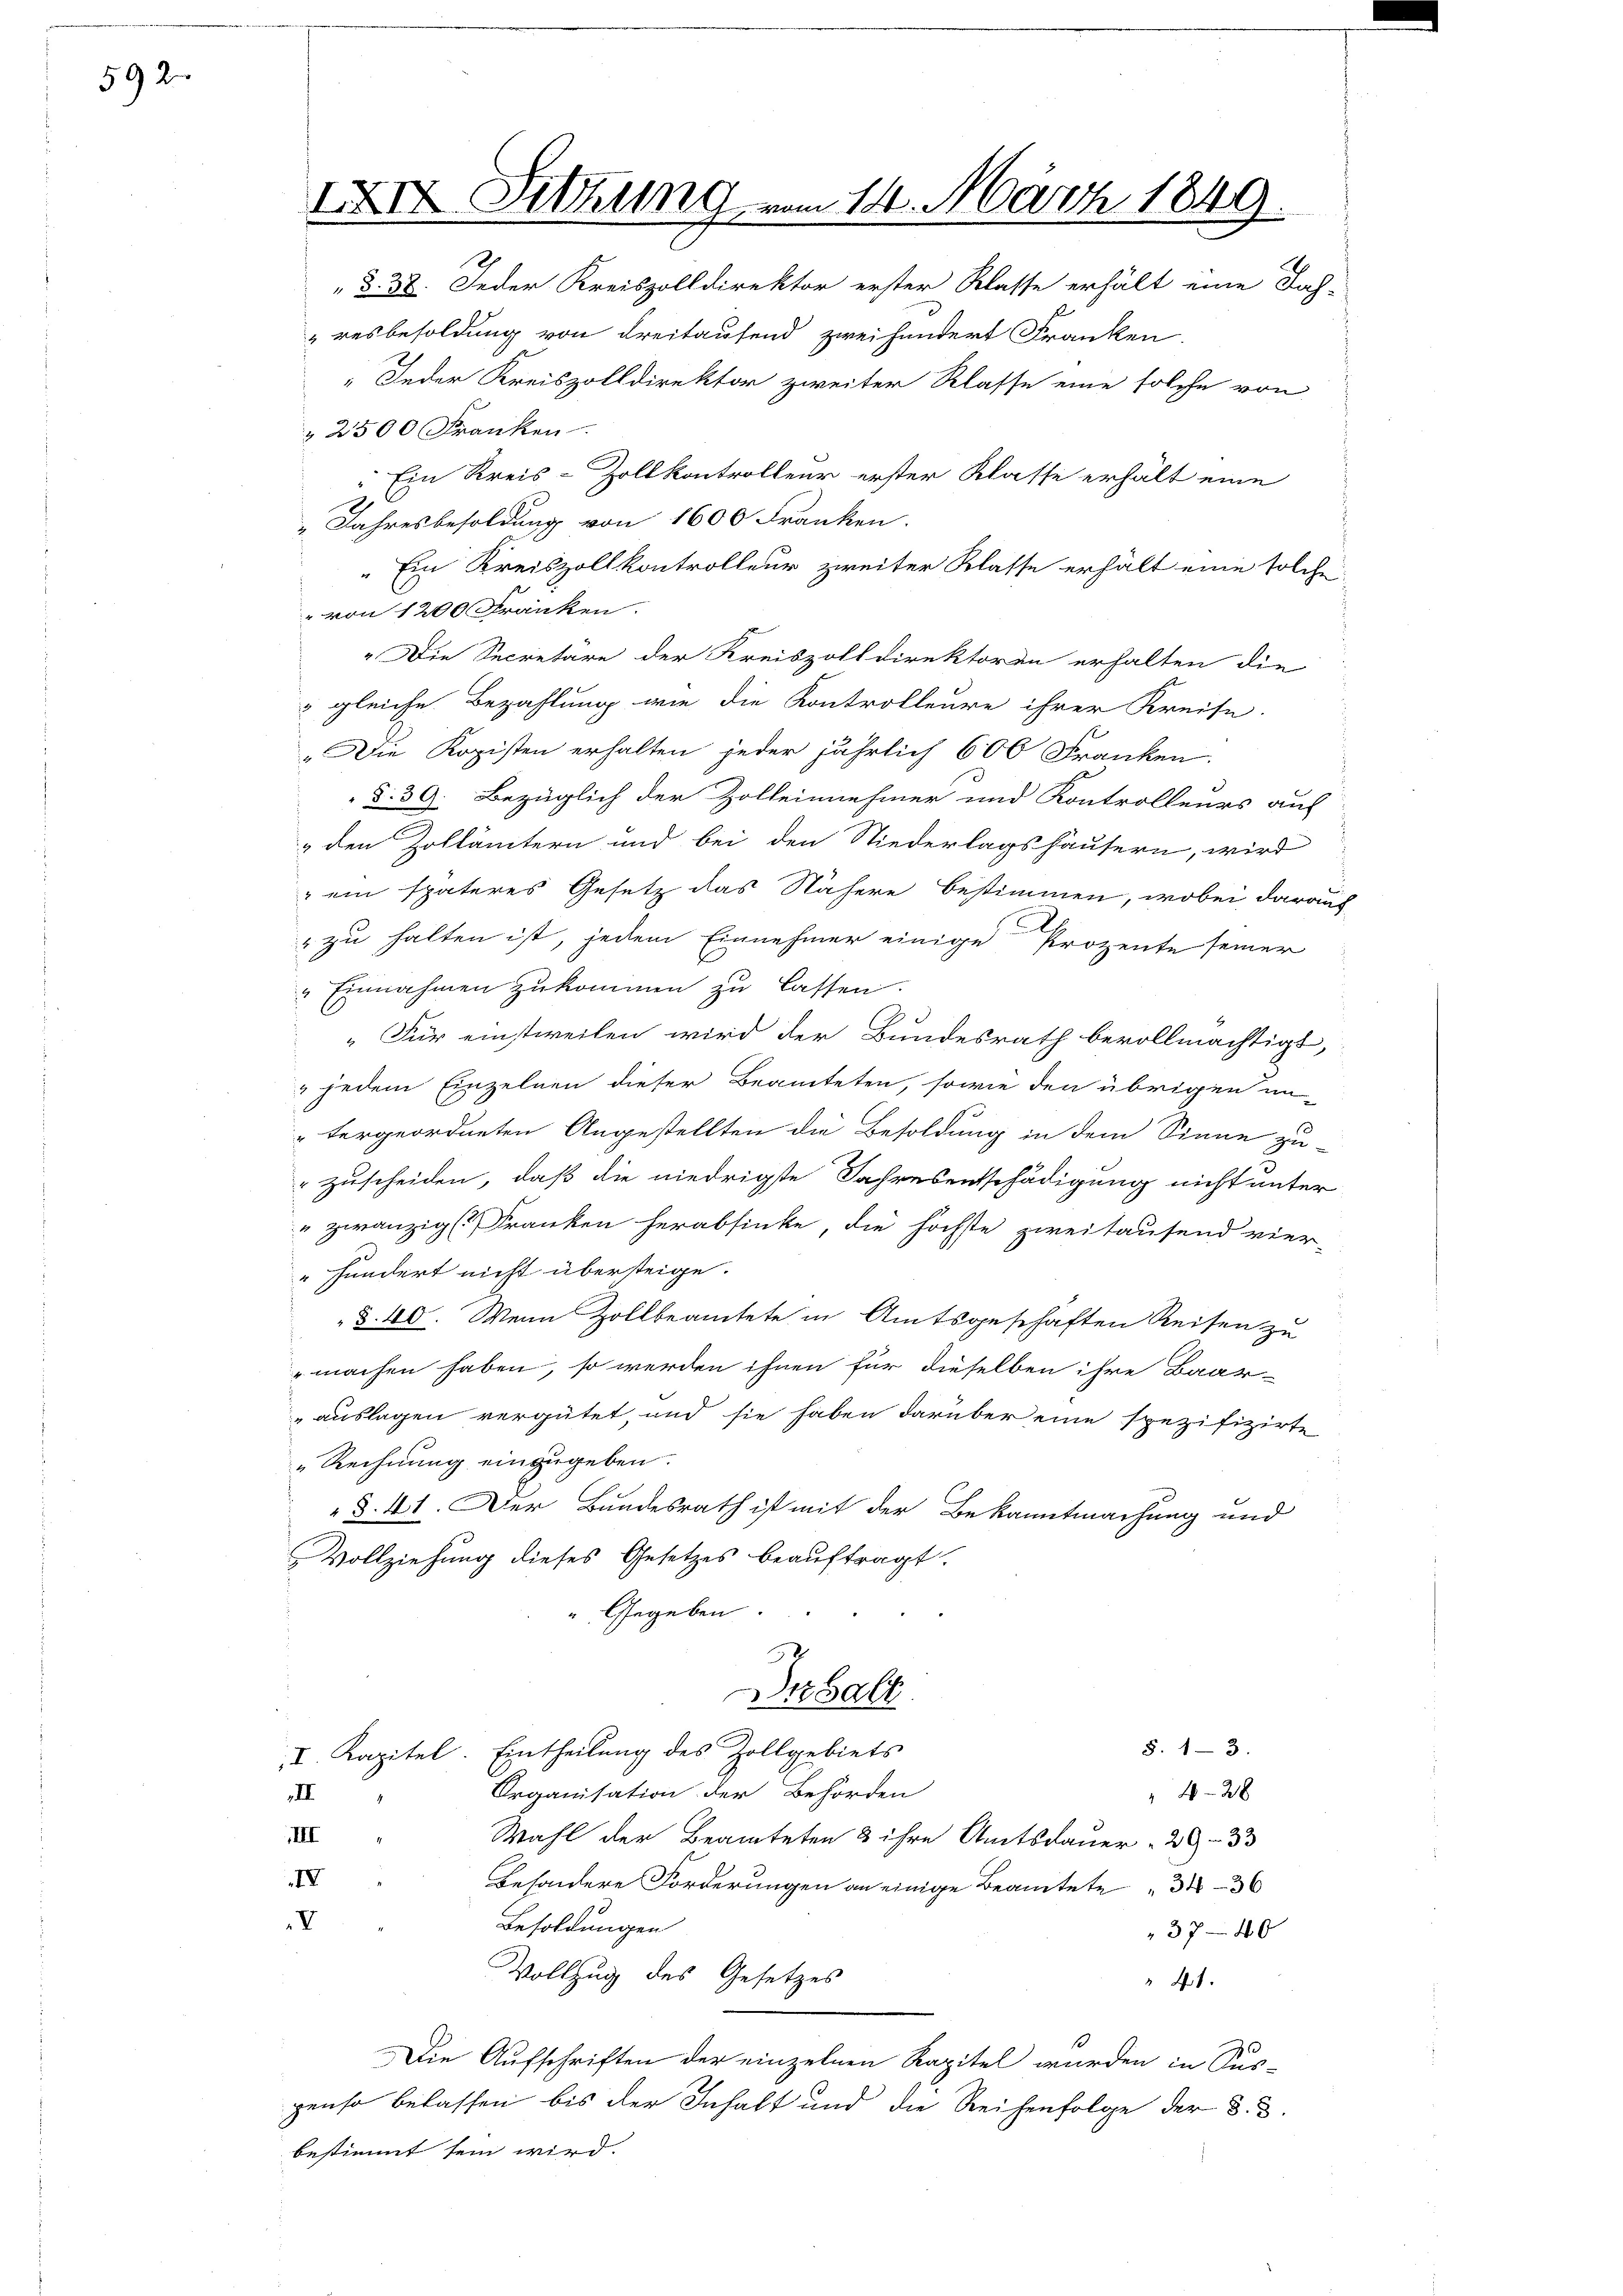
592

XXXII Sitzung vom 14. März 1849.
§. 38. Jeder Kreiszolldirektor erster Klasse erhält eine Fah-
resbesoldung von Freitaufend zweihundert Franken,

„Jeder Kreiszolldirektor zweiter Klasse eine solche von
" 2500 Franken.
"Ein Kreis-Zollkontrolleur erster Klasse erhält eine
" Jahresbesoldung von 1600 Franken.
"Ein Kreiszollkontrolleur zweiter Klasse erhält eine solche
" von 1200 Kranken.
" Die Secretäre der Kreiszolldirektoren erhalten die
 gleiche Bezahlung wie die Kontrolleure ihrer Kreise.
„Die Kopisten erhalten jeder jährlich 600 Franken.
§. 39. Bezüglich der Zolleinnehmer und Kontrolleurs auf
& den Zollämtern und bei den Niederlagshäusern, wird
 ein späteres Gesetz das Nähere bestimmen, wobei daraus
" zu halten ist, jedem Einnehmer einige Prozente seiner
" Einnahmen zukommen zu lassen.
„Für einstweilen wird der Bundesrath bevollmächtigt,
 jedem Einzelnen dieser Beamteten, sowie den übrigen un-
tergeordneten Angestellten die Besoldung in dem Sinne zu-
zuscheiden, daß die niedrigste Jahresentschädigung nicht unter
"zwanzigst Franken herabsinke, die höchste zweitausend vier-
hundert nicht übersteige.
§. 40. Wenn Zollbeamtete in Amtsgeschäften Reisen zu
machen haben, so werden ihnen für dieselben ihre Baar-
auslagen vergütet, und sie haben darüber eine spezifizirte
„Rechnung einzugeben.
§. 41. Der Bundesrath ist mit der Bekanntmachung und
Vollziehung dieses Gesetzes beauftragt.
 Gegeben.
rhalt
§. 13.
I. Kapitel. Eintheilung des Zollgebiets
Organisation der Behörden
II.
428
III
Wahl der Beamteten & ihre Amtsdauer 20 - 33
IX
besondere Forderungen an einige Beamtete 336
V
Besoldungen
3704 x
Vollzug des Gesetzes
41.
Die Aufschriften der einzelnen Kapitel wurden in Sus-
penso belassen bis der Inhalt und die Reihenfolge der §. 3.
bestimmt sein wird.